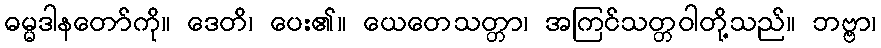
ဓမ္မဒါနတော်ကို။ ဒေတိ၊ ပေး၏။ ယေတေသတ္တာ၊ အကြင်သတ္တဝါတို့သည်။ ဘဗ္ဗာ၊